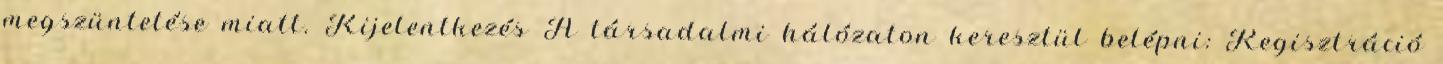
megszüntetése miatt. Kijelentkezés A társadalmi hálózaton keresztül belépni: Regisztráció